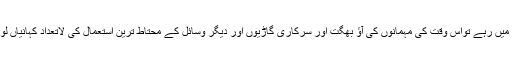
جب بھی وہ ایوان صدر میں رہے تواس وقت کی مہمانوں کی آؤ بھگت اور سرکاری گاڑیوں اور دیگر وسائل کے محتاط ترین استعمال کی لاتعداد کہانیاں لوگوں کو اب تک یاد ہیں۔